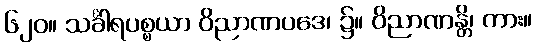
၆၂၀။ သင်္ခါရပစ္စယာ ဝိညာဏပဒေ၊ ၌။ ဝိညာဏန္တိ၊ ကား။